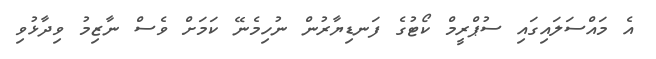
އެ މައްސަލައިގައި ސުޕްރީމް ކޯޓުގެ ފަނޑިޔާރުން ނުހިމެނޭ ކަމަށް ވެސް ނާޒިމު ވިދާޅުވި